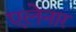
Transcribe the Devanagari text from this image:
एलेनार